Problem: 5 × 3 = ?
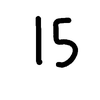
Handwritten answer: 15